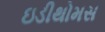
ઇડીથોમસ